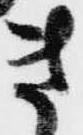
き